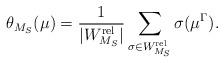
LaTeX: \begin{align*} \theta_{M_S}( \mu)= \frac{1}{|W^{\mathrm{rel}}_{M_S}|} \sum\limits_{\sigma \in W^{\mathrm{rel}}_{M_S}} \sigma( \mu^{\Gamma}).\end{align*}